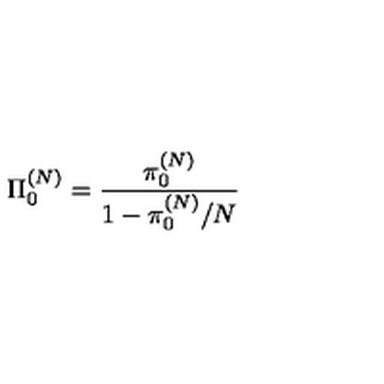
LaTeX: \Pi _ { 0 } ^ { ( N ) } = \frac { \pi _ { 0 } ^ { ( N ) } } { 1 - \pi _ { 0 } ^ { ( N ) } / N }